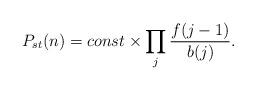
LaTeX: \begin{align*}P_{st}(n)=const\times \prod _{j} \frac{f(j-1)}{b(j)}.\end{align*}